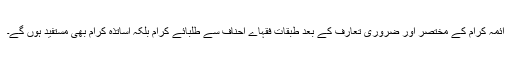
ائمۂ کرام کے مختصر اور ضروری تعارف کے بعد طبقات فقہاے احناف سے طلبائے کرام بلکہ اساتذۂ کرام بھی مستفید ہوں گے۔